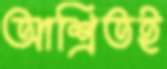
আশ্রিতই